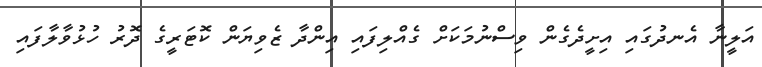
އަލީނާ އެނދުގައި އިށީދެގެން ވިސްނުމަކަށް ގެއްލިފައި އިންދާ ޒެވިޔަން ކޮޓަރީގެ ދޮރު ހުޅުވާލާފައި